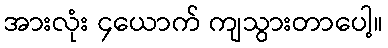
အားလုံး ၄ယောက် ကျသွားတာပေါ့။